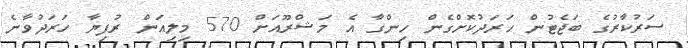
ސަރުކާރުގެ ބަޖެޓުން ހަރަދުކޮށްގެން ހިންގާ އެ މަޝްރޫއަށް 570 މިލިއަން ރުފިޔާ ހަރަދުވާނެ